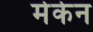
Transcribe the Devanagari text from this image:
मेकेन